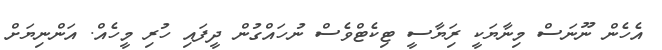
އެހެން ނޫނަސް މިނާޔަކީ ރަިޔާސީ ޓިކެޓްވެސް ނުހައްގުން ދީފައި ހުރި މީހެއް. އަންނިޔަށް